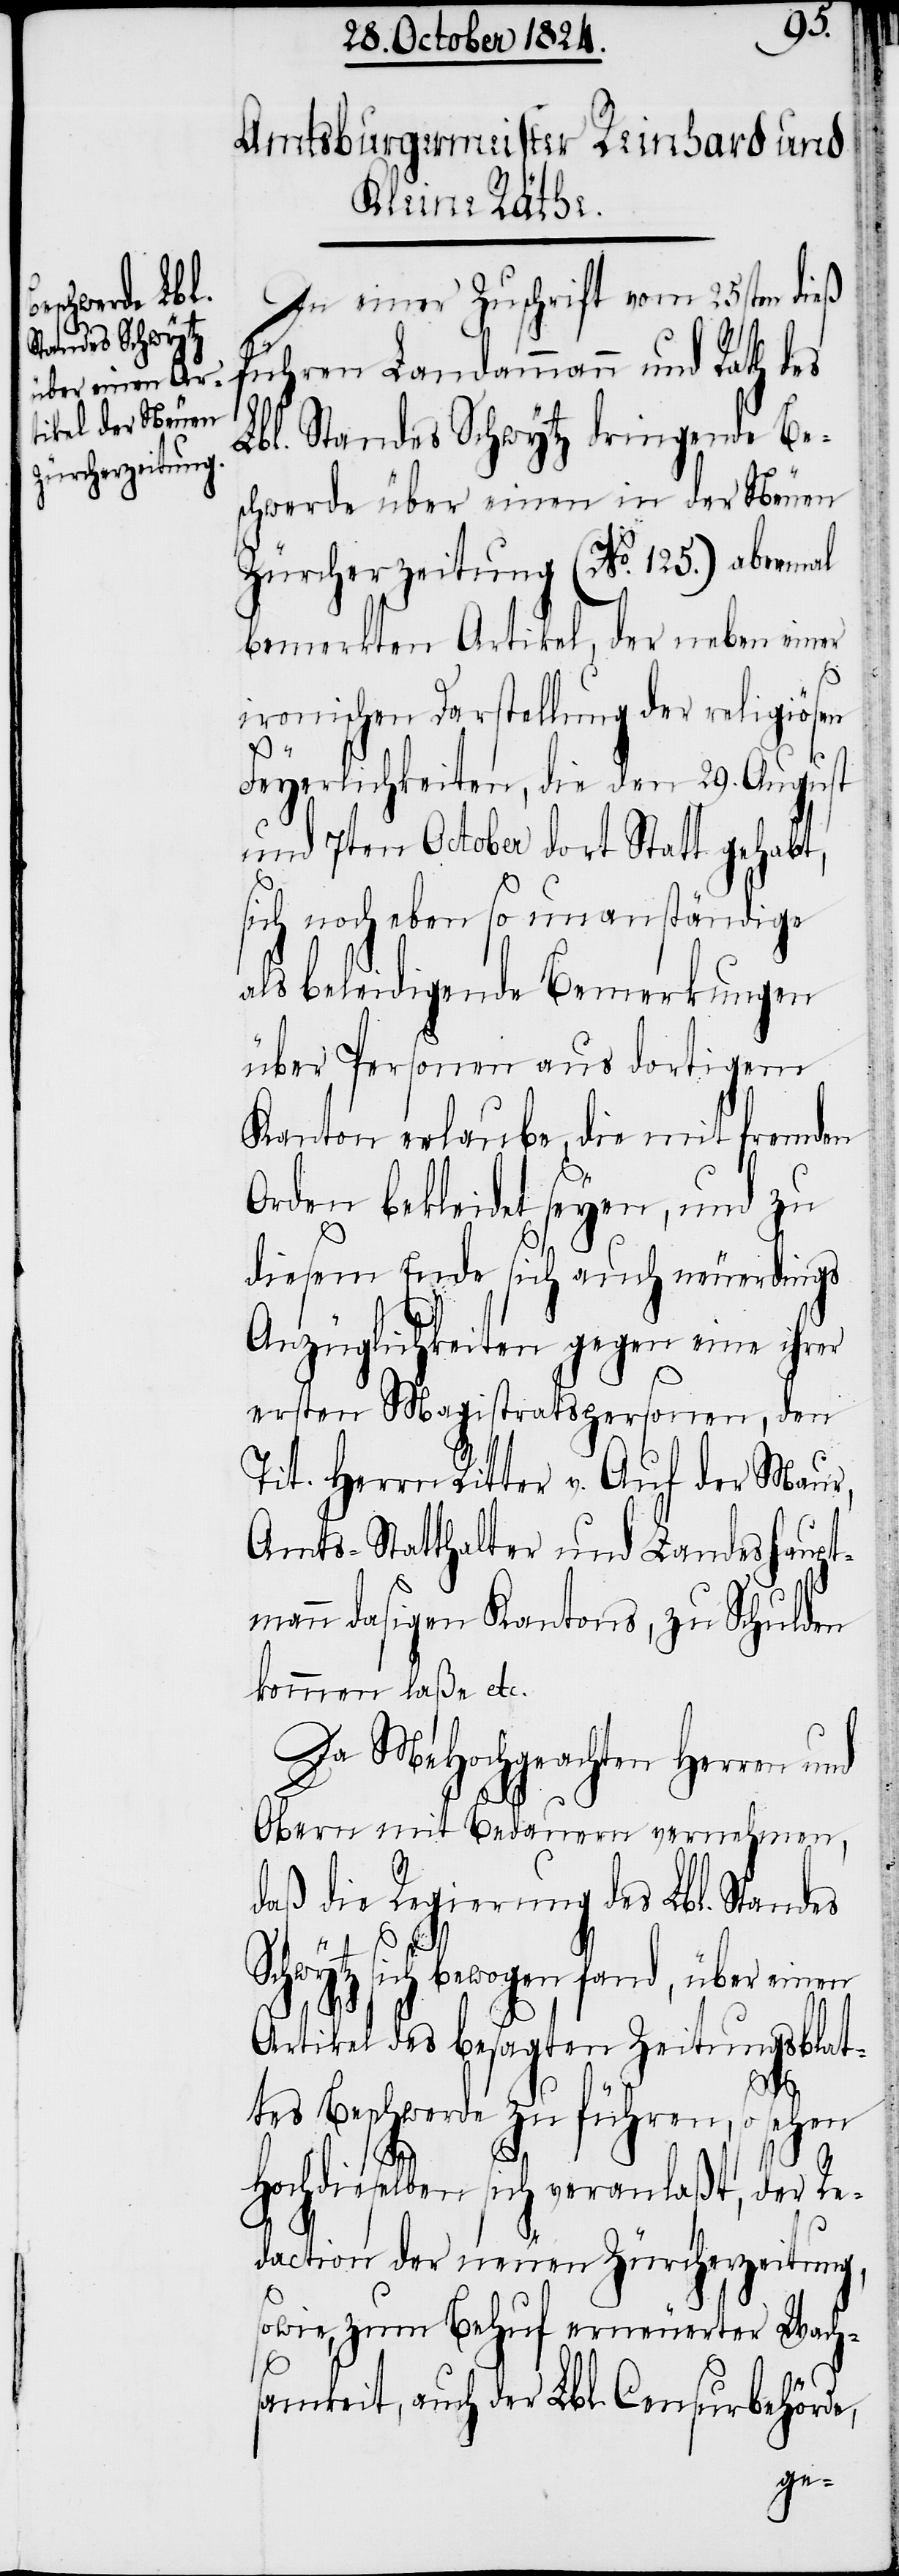
In einer Zuschrift vom 25sten dieß
führen Landammann und Rath des
Lbl. Standes Schwytz dringende Be¬
schwerde über einen in der Neuen
Zürcherzeitung (No. 125.) abermal
bemerkten Artikel, der neben einer
ironischen Darstellung der religiösen
Feyerlichkeiten, die den 29. August
und 7ten October dort Statt gehabt,
sich noch eben so unanständige
als beleidigende Bemerkungen
über Personen aus dortigem
Kanton erlaube die mit fremden
Orden bekleidet seyen, und zu
diesem Ende sich auch neuerdings
Anzüglichkeiten gegen eine ihrer
ersten Magistratspersonen, den
Tit. Herrn Ritter v. Auf der Maur,
Amts-Statthalter und Landeshaupt¬
mann dasigen Kantons, zu Schulden
kommen laße etc.
Da MeHochgeachten Herren und
Obern mit Bedauern vernehmen,
daß die Regierung des Lbl. Standes
Schwytz sich bewogen fand, über einen
Artikel des besagten Zeitungsblat¬
tes Beschwerde zu führen, so sehen
Hochdieselben sich veranlaßt, der Re¬
daction der neuen Zürcherzeitung,
sowie, zum Behuf erneuerter Wach¬
samkeit, auch der Lbl. Censurbehörde,